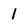
Character: 1